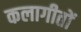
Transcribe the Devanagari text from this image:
कलागीतों